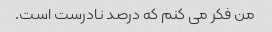
من فکر می کنم که درصد نادرست است.